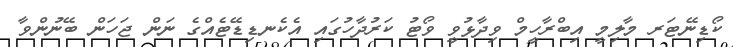
ކޯޑިނޭޓަރ މާލިމީ އިބްރާހީމް ވިދާޅުވީ ވޯޓު ކަރުދާހުގައި އެކެނޑިޑޭޓެއްގެ ނަން ޖަހަން ބޭނުންވާ